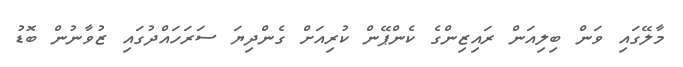
މާލޭގައި ވަން ބިލިއަން ރައިޒިންގެ ކެންޕޭން ކުރިއަށް ގެންދިޔަ ސަރަހައްދުގައި ޒުވާނުން ބޮޑު